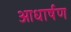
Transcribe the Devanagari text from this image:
आधार्षण